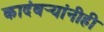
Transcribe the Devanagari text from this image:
कादंबर्‍यांनीही